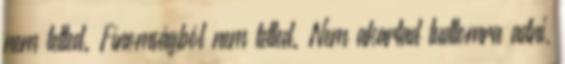
nem tetted. Fínomságból nem tetted. Nem akartad tudtomra adni,